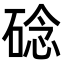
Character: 䂼